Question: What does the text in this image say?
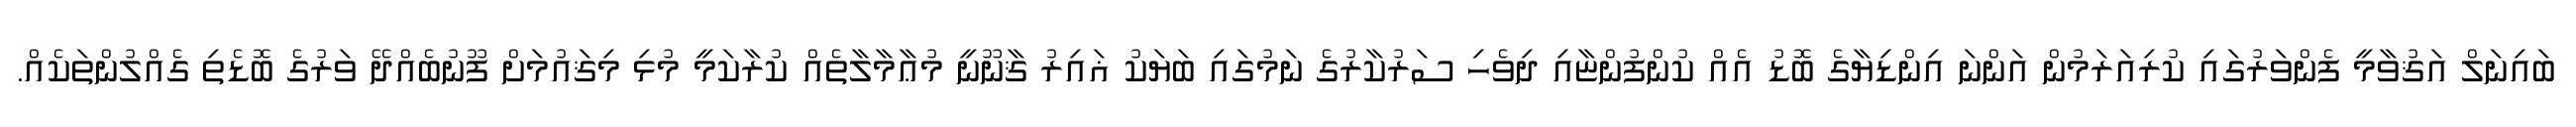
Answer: ބައިނަލް އަޤުވާމީ ފެންވަރުގައި ކުރިއަރަމުން އަންނަ އިންޑިޔާގެ ބޮޑު އެއް ކުންފުންޏާއި ދިވެހި ސަރުކާރުގެ ނަމުގައި ބަޔަކު ޣައިރު ޤާނޫނީ މުޢާމާލާތެއް ކުރާކަމީ މުޅި މިޤައުމަށް ފޫނުބެއްދޭ ވަރުގެ ބޮޑެތި ގެއްލުންތަކެއް.